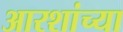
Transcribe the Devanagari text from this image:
आरशांच्या